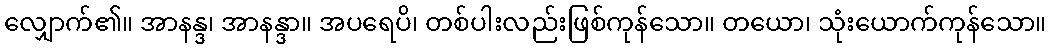
လျှောက်၏။ အာနန္ဒ၊ အာနန္ဒာ။ အပရေပိ၊ တစ်ပါးလည်းဖြစ်ကုန်သော။ တယော၊ သုံးယောက်ကုန်သော။